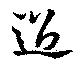
過